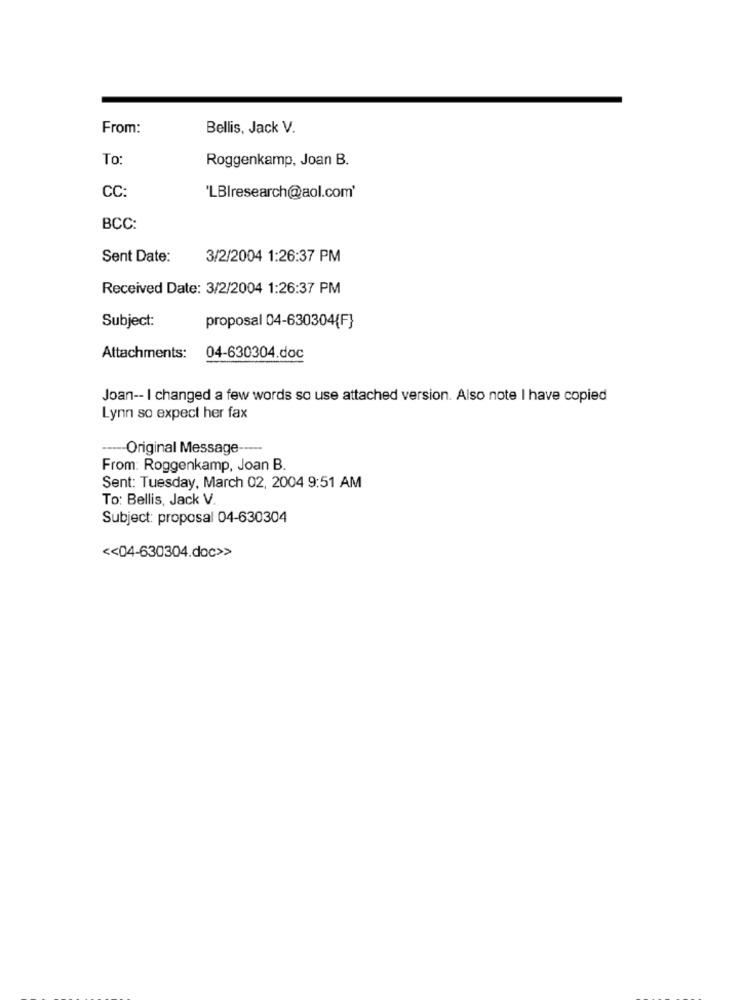
From:
Bellis, Jack V.
To:
Roggenkamp, Joan B.
CC:
'LBlresearch@aol.com'
BCC:
Sent Date:
3/2/2004 1:26:37 PM
Received Date: 3/2/2004 1:26:37 PM
Subject:
proposal 04-630304{F}
Attachments:
04-630304.doc
Joan -- I changed a few words so use attached version. Also note I have copied
Lynn so expect her fax
----- Original Message-
From: Roggenkamp, Joan B.
Sent: Tuesday, March 02, 2004 9:51 AM
To: Bellis, Jack V.
Subject: proposal 04-630304
<< 04-630304.doc>>